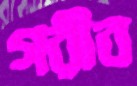
গরীব